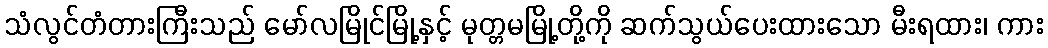
သံလွင်တံတားကြီးသည် မော်လမြိုင်မြို့နှင့် မုတ္တမမြို့တို့ကို ဆက်သွယ်ပေးထားသော မီးရထား၊ ကား